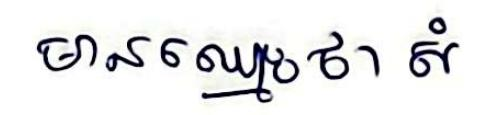
មានឈ្មោះថា សំ